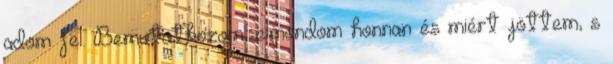
adom fel. Bemutatkozom, elmondom honnan és miért jöttem, s